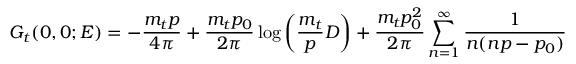
G _ { t } ( 0 , 0 ; E ) = - \frac { m _ { t } p } { 4 \pi } + \frac { m _ { t } p _ { 0 } } { 2 \pi } \log \left( \frac { m _ { t } } { p } D \right) + \frac { m _ { t } p _ { 0 } ^ { 2 } } { 2 \pi } \sum _ { n = 1 } ^ { \infty } \frac { 1 } { n ( n p - p _ { 0 } ) }